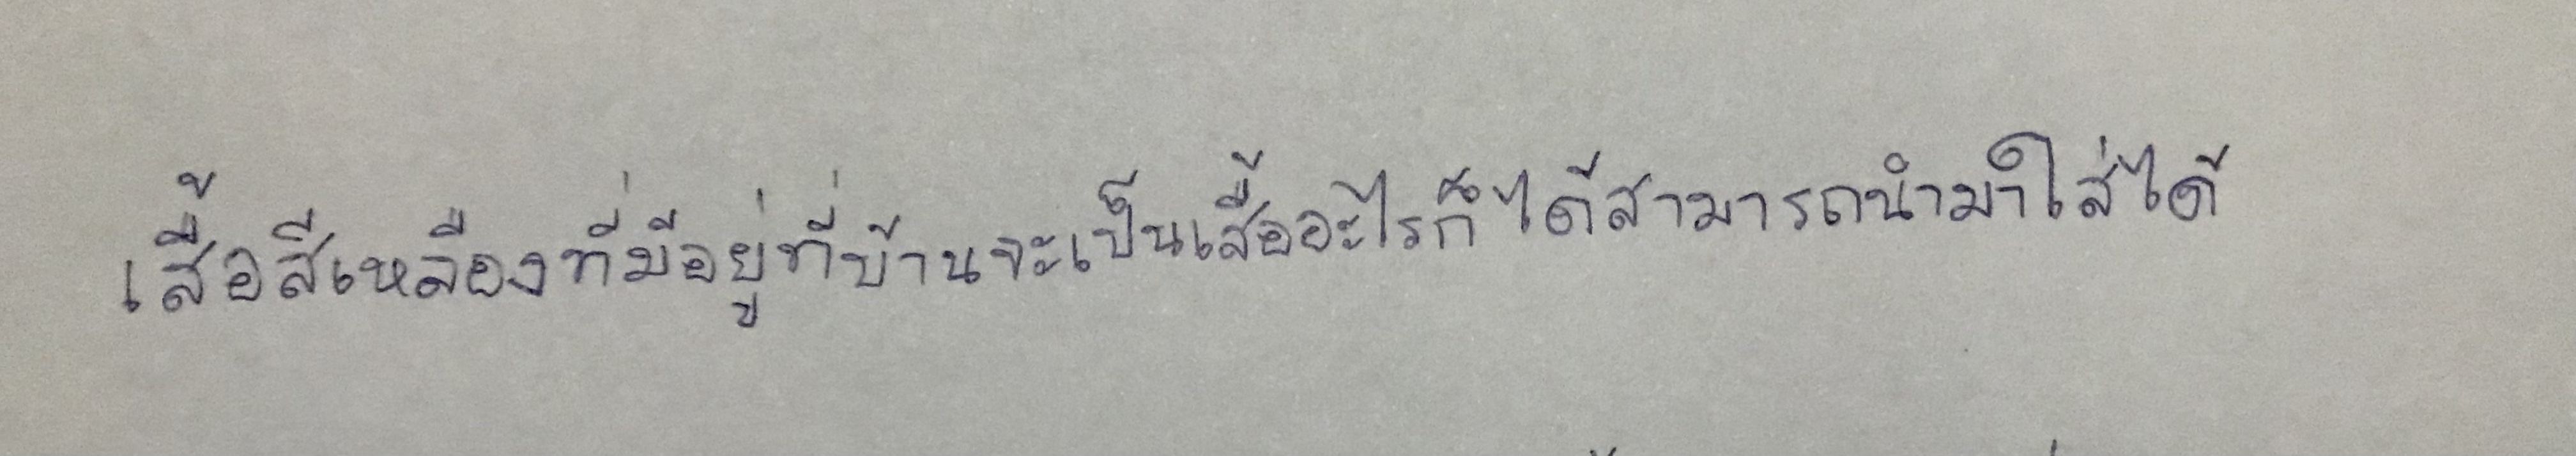
เสื้อสีเหลืองที่มีอยู่ที่บ้านจะเป็นเสื้ออะไรก็ได้ก็สามารถนำมาใส่ได้